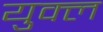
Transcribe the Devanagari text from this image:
युक्ल